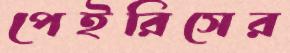
পেইরিসের